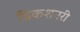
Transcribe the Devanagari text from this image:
डिकशनरी